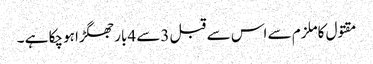
مقتول کاملزم سے اس سے قبل 3سے 4بار جھگڑا ہوچکا ہے ۔